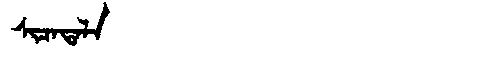
Manchu: ᠰᡳᠴᠠᡨᠠᠯᠠ
Romanization: SICATALA